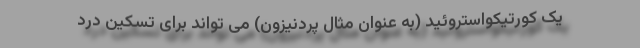
یک کورتیکواستروئید (به عنوان مثال پردنیزون) می تواند برای تسکین درد